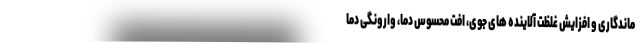
ماندگاری و افزایش غلظت آلاینده های جوی، افت محسوس دما، وارونگی دما